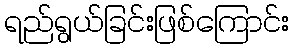
ရည်ရွယ်ခြင်းဖြစ်ကြောင်း